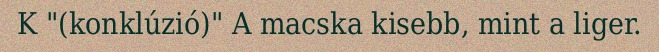
K "(konklúzió)" A macska kisebb, mint a liger.